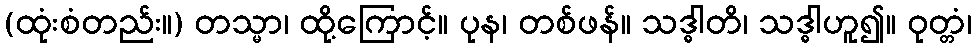
(ထုံးစံတည်း။) တသ္မာ၊ ထို့ကြောင့်။ ပုန၊ တစ်ဖန်။ သဒ္ဓါတိ၊ သဒ္ဓါဟူ၍။ ဝုတ္တံ၊